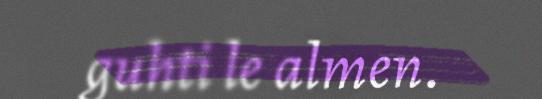
guhti le almen.